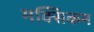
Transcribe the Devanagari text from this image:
मक्सिकन